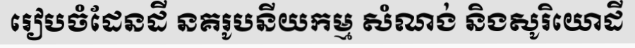
រៀបចំដែនដី នគរូបនីយកម្ម សំណង់ និងសូរិយោដី